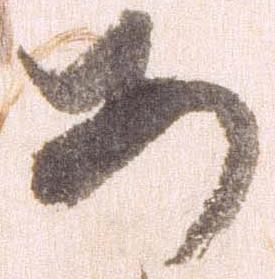
あ